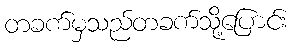
တခက်မှသည်တခက်သို့ပြောင်း